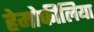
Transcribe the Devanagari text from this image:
हेमोफीलिया